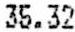
35.32